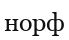
норф